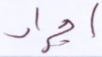
اجراء